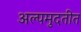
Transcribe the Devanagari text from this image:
अल्पमुदतीत